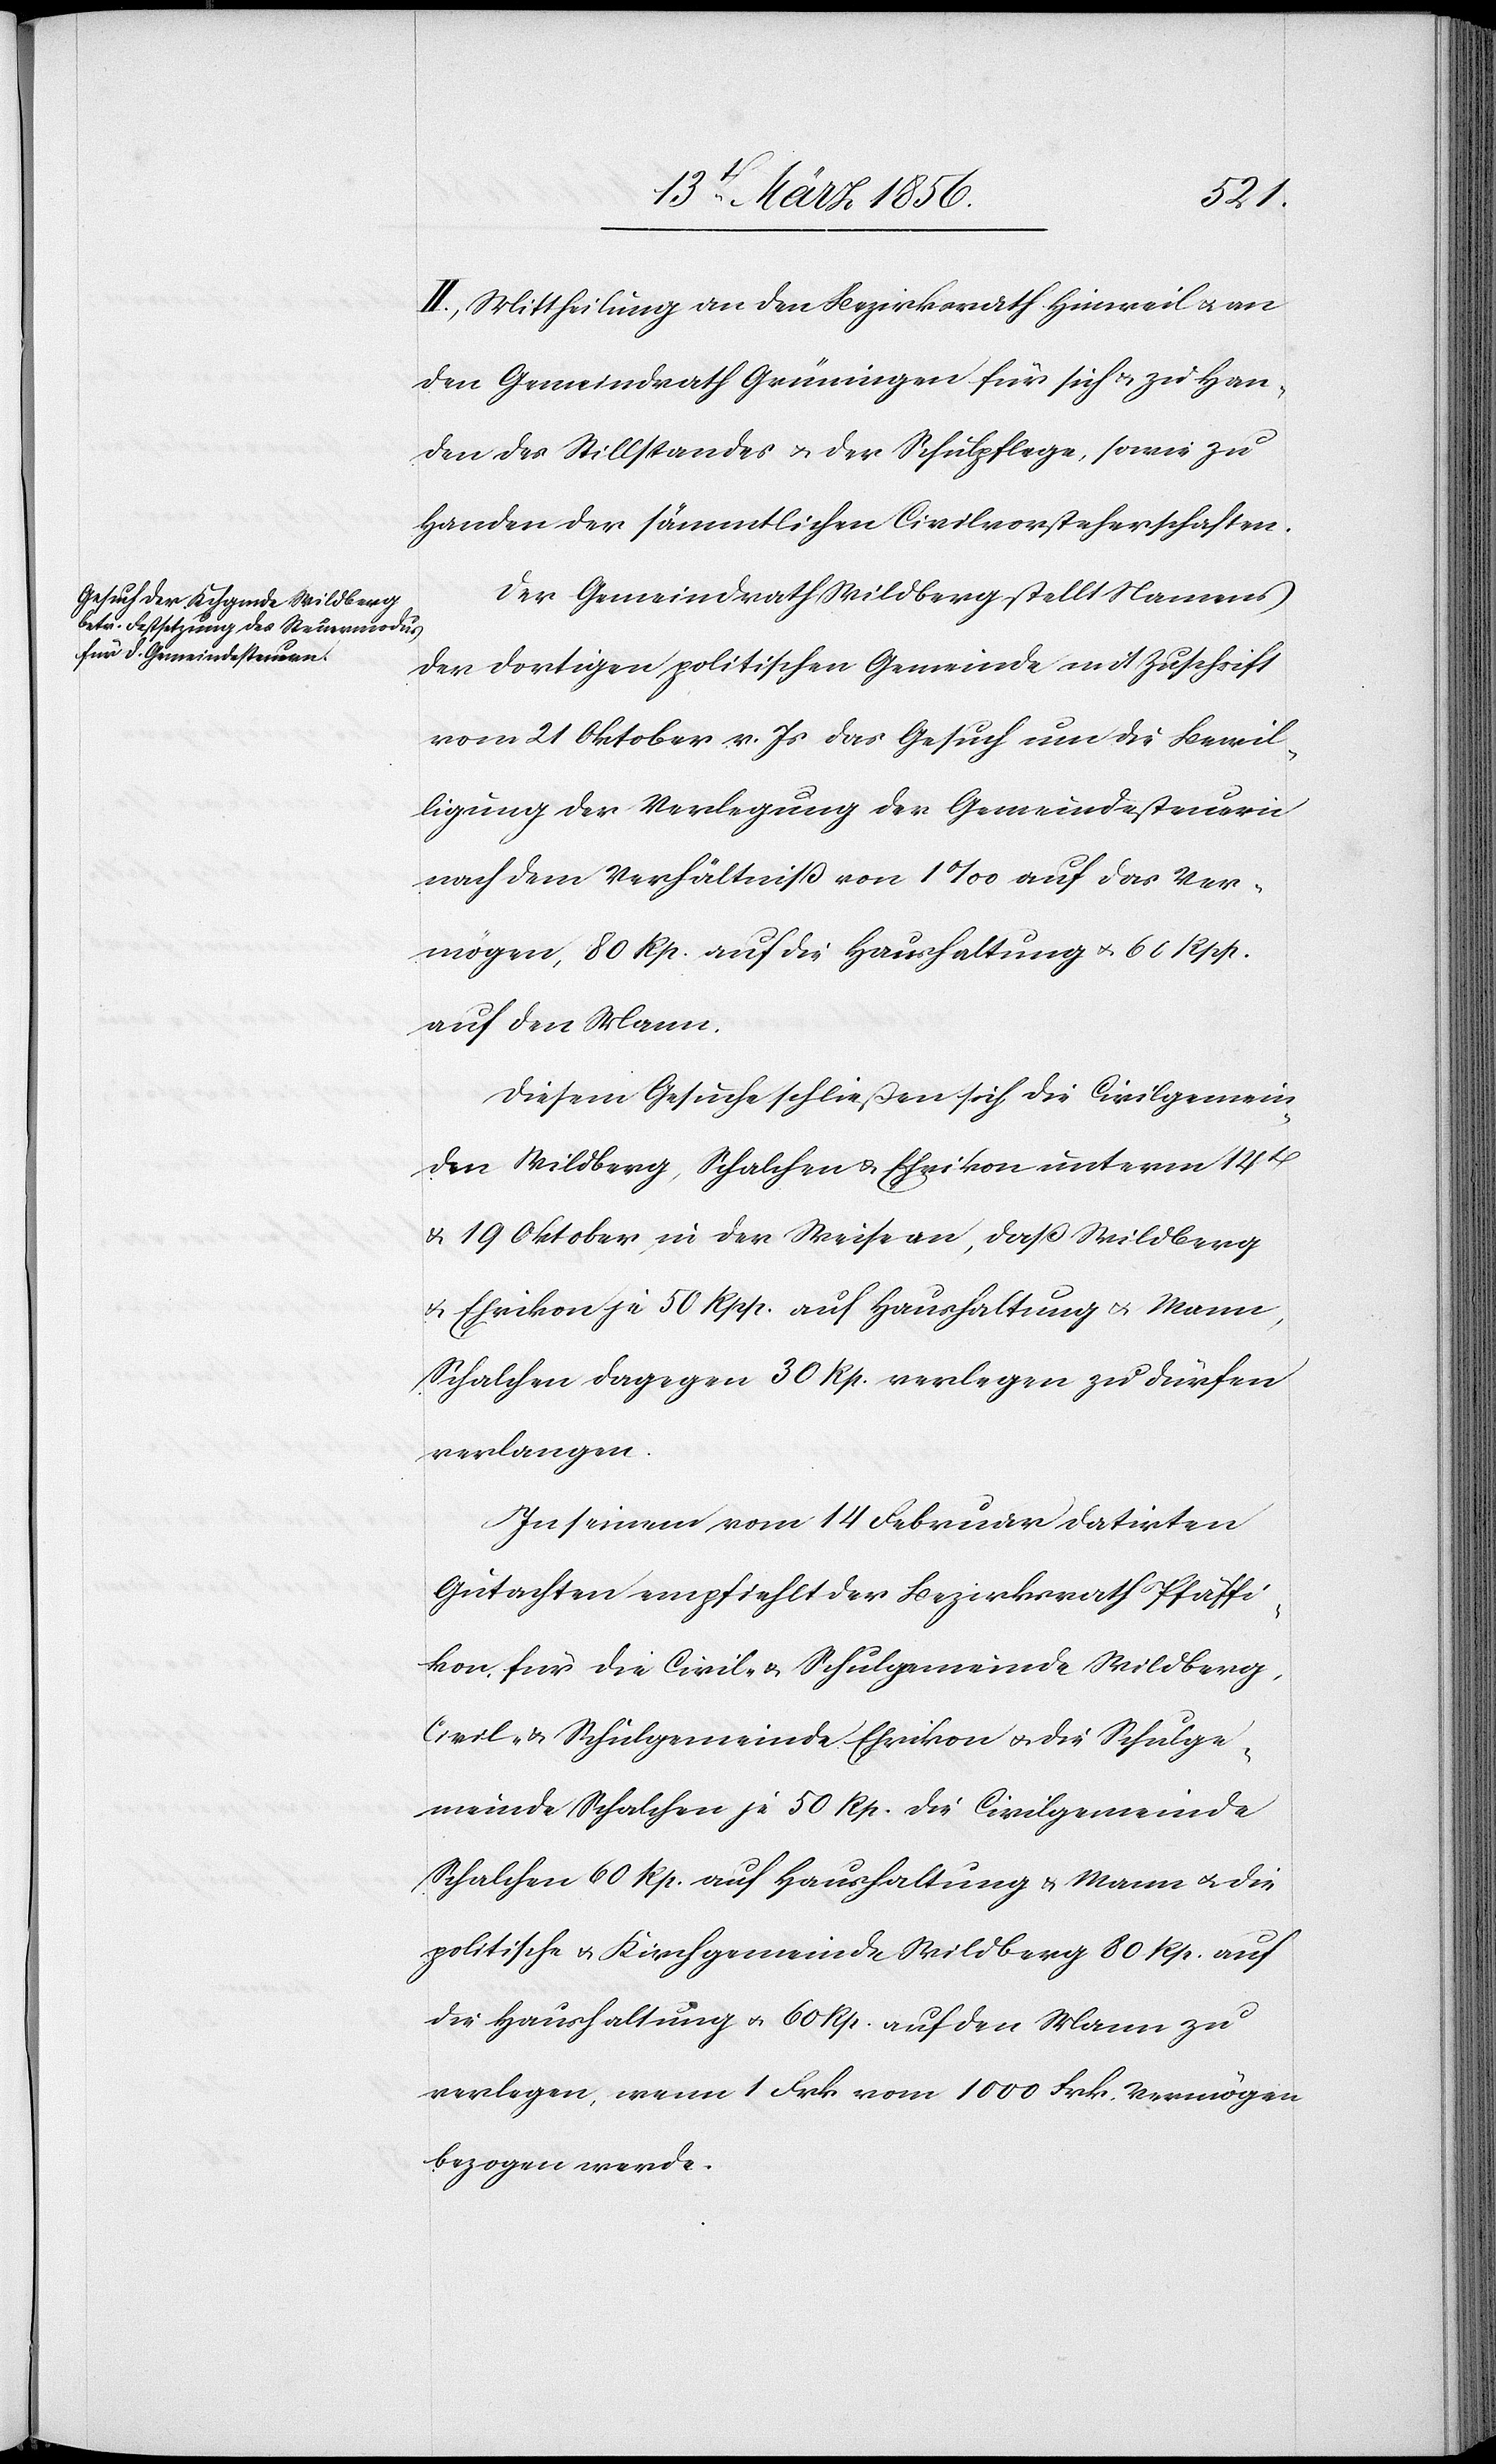
II. Mittheilung an den Bezirksrath Hinweil u. an
den Gemeindrath Grüningen für sich u. zu Han¬
den des Stillstandes & der Schulpflege, sowie zu
Handen der sämmtlichen Civilvorsteherschaften.
Der Gemeindrath Wildberg stellt Namens
der dortigen politischen Gemeinde mit Zuschrift
vom 21 Oktober v. Js das Gesuch um die Bewil¬
ligung der Verlegung der Gemeindesteuern
nach dem Verhältniß von 1‰ auf das Ver¬
mögen, 80 Rp. auf die Haushaltung u. 60 Rpp.
auf den Mann.
Diesem Gesuche schließen sich die Civilgemein¬
den Wildberg, Schalchen & Ehrikon unterm 14t
& 19 Oktober in der Weise an, daß Wildberg
u. Ehrikon je 50 Rpp. auf Haushaltung u. mann,
Schalchen dagegen 30 Rp. verlegen zu dürfen
verlangen.
In seinem vom 14 Februar datirten
Gutachten empfiehlt der Bezirksrath Pfäffi¬
kon, für die Civil- & Schulgemeinde Wildberg,
Civil- & Schulgemeinde Ehrikon u. die Schulge¬
meinde Schalchen je 50 Rp. die Civilgemeinde
Schalchen 60 Rp. auf Haushaltung & Mann u. die
politische & Kirchgemeinde Wildberg 80 Rp. auf
die Haushaltung u. 60 Rp. auf den Mann zu
verlegen, wenn 1 Frk vom 1000 Frk. Vermögen
bezogen werde.